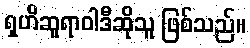
ရှဟိဆူရာဝါဒီဆိုသူ ဖြစ်သည်။